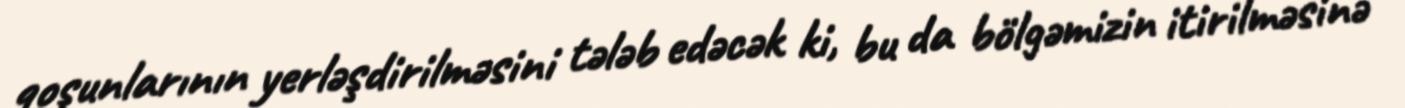
qoşunlarının yerləşdirilməsini tələb edəcək ki, bu da bölgəmizin itirilməsinə